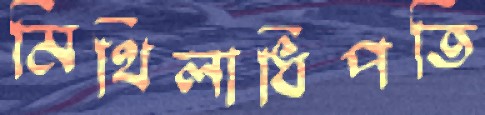
মিথিলাধিপতি